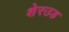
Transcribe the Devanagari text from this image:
शेरउड